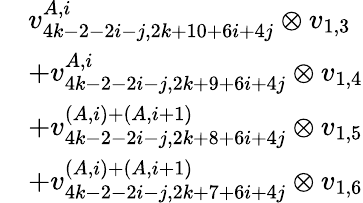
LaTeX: \begin{array}{rl}&{v_{4k-2-2i-j,2k+10+6i+4j}^{A,i}\otimes v_{1,3}}\\ &{+v_{4k-2-2i-j,2k+9+6i+4j}^{A,i}\otimes v_{1,4}}\\ &{+v_{4k-2-2i-j,2k+8+6i+4j}^{(A,i)+(A,i+1)}\otimes v_{1,5}}\\ &{+v_{4k-2-2i-j,2k+7+6i+4j}^{(A,i)+(A,i+1)}\otimes v_{1,6}}\end{array}